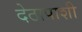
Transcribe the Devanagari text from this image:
देठापाशी